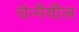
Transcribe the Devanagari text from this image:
चेन्नैयील